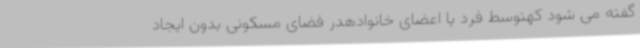
گفته می شود کهتوسط فرد یا اعضای خانوادهدر فضای مسکونی بدون ایجاد